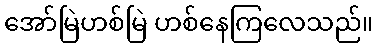
အော်မြဲဟစ်မြဲ ဟစ်နေကြလေသည်။